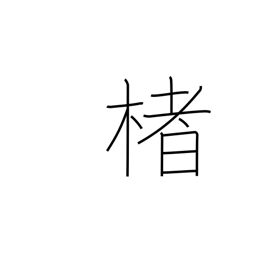
Meaning: paper mulberry